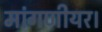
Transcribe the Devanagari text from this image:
मांगणीयर।